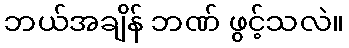
ဘယ်အချိန် ဘဏ် ဖွင့်သလဲ။